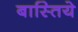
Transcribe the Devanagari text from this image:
बास्तिये